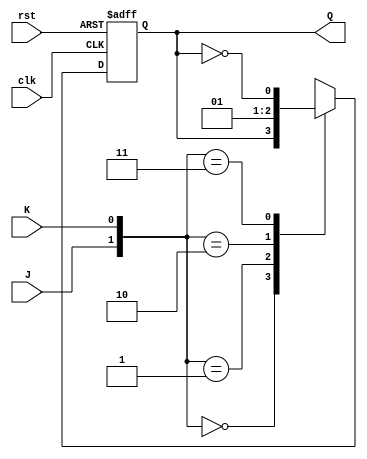
module JK_Flip_Flop_BF_Char_Table(output reg Q, input J, K, clk, rst);

always @ (posedge clk, negedge rst)
begin
	if(!rst)
		Q <= 1'b0;
	else
		begin
			case ({J, K})
				2'b00 : Q <= Q;
				2'b01 : Q <= 1'b0;
				2'b10 : Q <= 1'b1;
				2'b11 : Q <= !Q;
			endcase
		end
end

endmodule